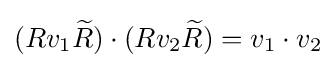
(Rv_{1}{\widetilde {R}})\cdot (Rv_{2}{\widetilde {R}})=v_{1}\cdot v_{2}